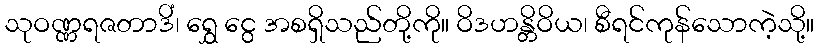
သုဝဏ္ဏရဇတာဒိံ၊ ရွှေ ငွေ အစရှိသည်တို့ကို။ ဝိဒဟန္တိဝိယ၊ စီရင်ကုန်သောကဲ့သို့။